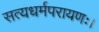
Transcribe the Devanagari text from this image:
सत्यधर्मपरायणः।